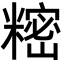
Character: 𬖵